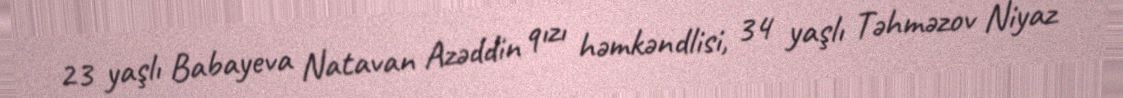
23 yaşlı Babayeva Natavan Azəddin qızı həmkəndlisi, 34 yaşlı Təhməzov Niyaz